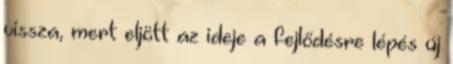
vissza, mert eljött az ideje a fejlődésre lépés új